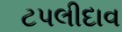
ટપલીદાવ